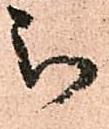
被